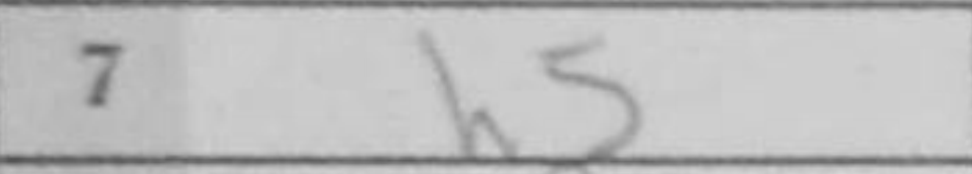
Transcription: h5